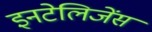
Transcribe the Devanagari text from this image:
इनटेलिजेंस